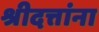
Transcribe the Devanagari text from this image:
श्रीदत्तांना